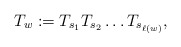
\begin{align*} T_w:=T_{s_1}T_{s_2}\ldots T_{s_{\ell(w)}}, \end{align*}